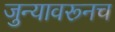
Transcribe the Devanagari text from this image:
जुन्यावरूनच